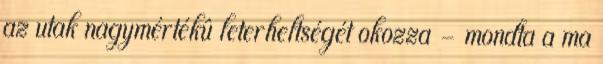
az utak nagymértékû leterheltségét okozza – mondta a ma